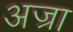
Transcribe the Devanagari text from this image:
अज्रा